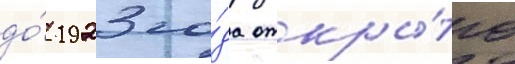
до́ 1923 го́да откры́то